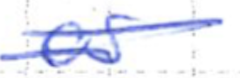
Text: as
Cross-out: mix
Writing tool: ballpoint